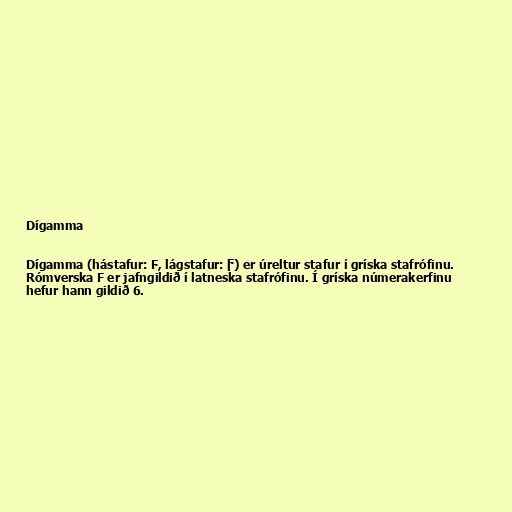
Dígamma

Dígamma (hástafur: Ϝ, lágstafur: ϝ) er úreltur stafur í gríska stafrófinu.
Rómverska F er jafngildið í latneska stafrófinu. Í gríska númerakerfinu
hefur hann gildið 6.